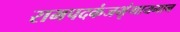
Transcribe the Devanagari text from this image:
रामपदकंजभृंगायमान